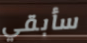
سأبقي